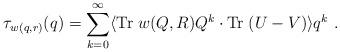
LaTeX: \begin{align*}\tau_{w(q,r)}(q) = \sum_{k =0}^\infty \langle{\rm Tr}\; w (Q, R) Q^{k}\cdot {\rm Tr}\;(U-V)\rangle q^k \ . \end{align*}